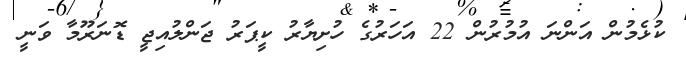
ކުޅެމުން އަންނަ އުމުރުން 22 އަހަރުގެ ހުށިޔާރު ކީޕަރު ޖަންލުއިޖީ ޑޮނަރޫމާ ވަނީ